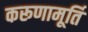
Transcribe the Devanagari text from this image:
करूणामूर्ति